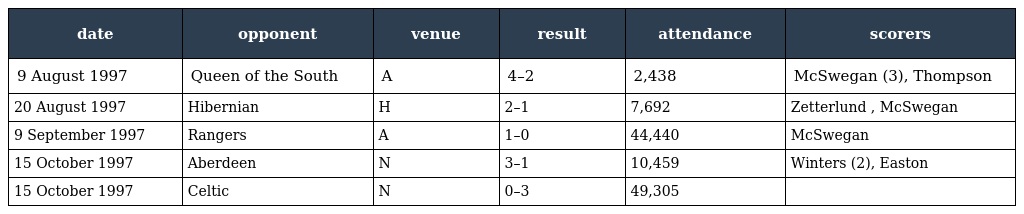
| date | opponent | venue | result | attendance | scorers |
 | --- | --- | --- | --- | --- | --- |
 | 9 August 1997 | Queen of the South | A | 4–2 | 2,438 | McSwegan (3), Thompson |
 | 20 August 1997 | Hibernian | H | 2–1 | 7,692 | Zetterlund , McSwegan |
 | 9 September 1997 | Rangers | A | 1–0 | 44,440 | McSwegan |
 | 15 October 1997 | Aberdeen | N | 3–1 | 10,459 | Winters (2), Easton |
 | 15 October 1997 | Celtic | N | 0–3 | 49,305 |  |